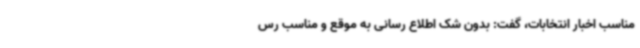
مناسب اخبار انتخابات، گفت: بدون شک اطلاع رسانی به موقع و مناسب رس